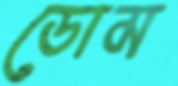
ডোম